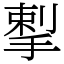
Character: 揧